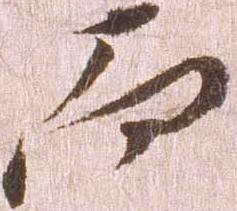
而